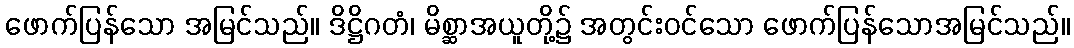
ဖောက်ပြန်သော အမြင်သည်။ ဒိဋ္ဌိဂတံ၊ မိစ္ဆာအယူတို့၌ အတွင်းဝင်သော ဖောက်ပြန်သောအမြင်သည်။